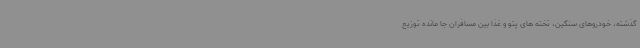
گذشته، خودروهای سنگین، تخته های پتو و غذا بین مسافران جا مانده توزیع